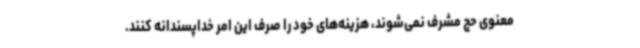
معنوی حج مشرف نمی‌شوند، هزینه‌های خود را صرف این امر خداپسندانه کنند.